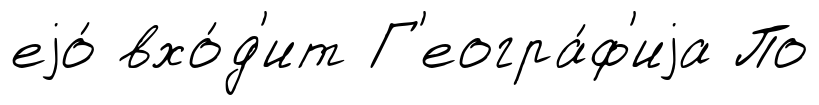
еjо́ вхо́д'ит Г'еогра́ф'иjа По